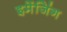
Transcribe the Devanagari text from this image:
इमेंजिंग